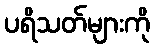
ပရိသတ်များကို